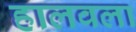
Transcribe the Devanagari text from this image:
हालवला